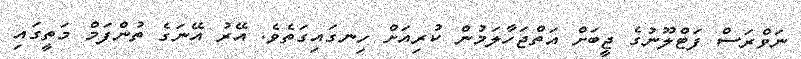
ނަވްރަސް ފަޓްލޫނުގެ ޖީބަށް އަތްޖަހާލަމުން ކުރިއަށް ހިނގައިގަތެވެ. އޭރު އޭނަގެ ތުންފަމް މަތީގައި